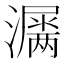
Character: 𤂎